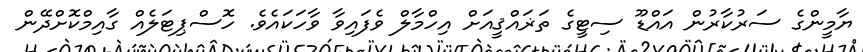
ޔާމީންގެ ސަރުކާރުން އައްޑޫ ސިޓީގެ ތަޜައްޤީއަށް އިހްމާލް ވެފައިވާ ވާހަކައެވެ. ހޮސްޕިޓަލެއް ގާއިމްކޮށްދޭން